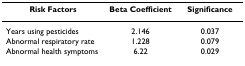
<table><thead><tr><td><b>Risk Factors</b></td><td><b>Beta Coefficient</b></td><td><b>Significance</b></td></tr></thead><tbody><tr><td>Years using pesticides</td><td>2.146</td><td>0.037</td></tr><tr><td>Abnormal respiratory rate</td><td>1.228</td><td>0.079</td></tr><tr><td>Abnormal health symptoms</td><td>6.22</td><td>0.029</td></tr></tbody></table>